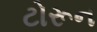
ટોરૂન